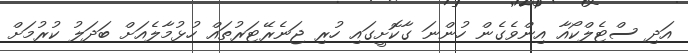
އަދި ސްޓެލްކޯއާ އިންވެގެން ހުންނަ ގާކޮށީގައި ހުރި ޖަނެރޭޓަރުތައް ހުޅުމާލެއަށް ބަދަލު ކުރުމަށް